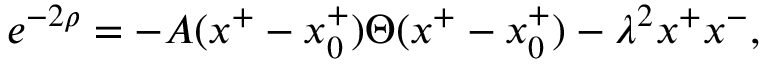
e ^ { - 2 \rho } = - A ( x ^ { + } - x _ { 0 } ^ { + } ) \Theta ( x ^ { + } - x _ { 0 } ^ { + } ) - \lambda ^ { 2 } x ^ { + } x ^ { - } ,